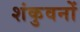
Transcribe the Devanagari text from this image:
शंकुवनों